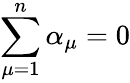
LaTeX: \sum_{\mu=1}^{n}\alpha_{\mu}=0